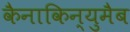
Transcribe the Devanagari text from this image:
कैनाकिन्युमैब